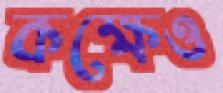
কক্ষেও